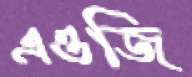
এওজি